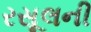
રસૂલની